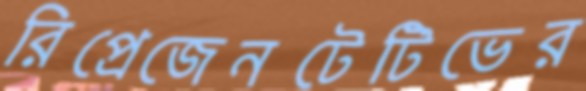
রিপ্রেজেনটেটিভের